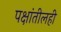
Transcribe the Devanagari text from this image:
पक्षांतीलही